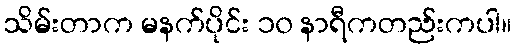
သိမ်းတာက မနက်ပိုင်း ၁၀ နာရီကတည်းကပါ။